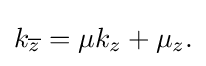
\displaystyle {k_{\overline {z}}=\mu k_{z}+\mu _{z}.}